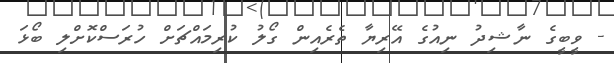
- ވީބީގެ ނާޝިދު ނިއުގެ އޭރިޔާ ތެރެއިން ގޯލު ކުރިމައްޗަށް ހުރަސްކޮށްލި ބޯޅަ